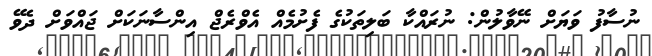
ނުސާފު ވަޔަށް ނޭވާލުން: ނުރައްކާ ބަލިތަކުގެ ފެށުމެއް އެވްރެޖް އިންސާނަކަށް ޖައްވަށް ދެވޭ